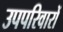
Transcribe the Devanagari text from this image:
उपपरिवारों